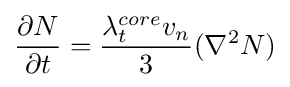
{\frac {\partial N}{\partial t}}={\frac {\lambda _{t}^{core}v_{n}}{3}}(\nabla ^{2}N)